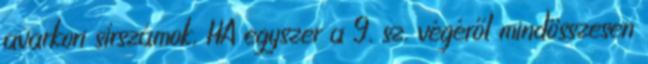
avarkori sírszámok, HA egyszer a 9. sz. végéről mindösszesen